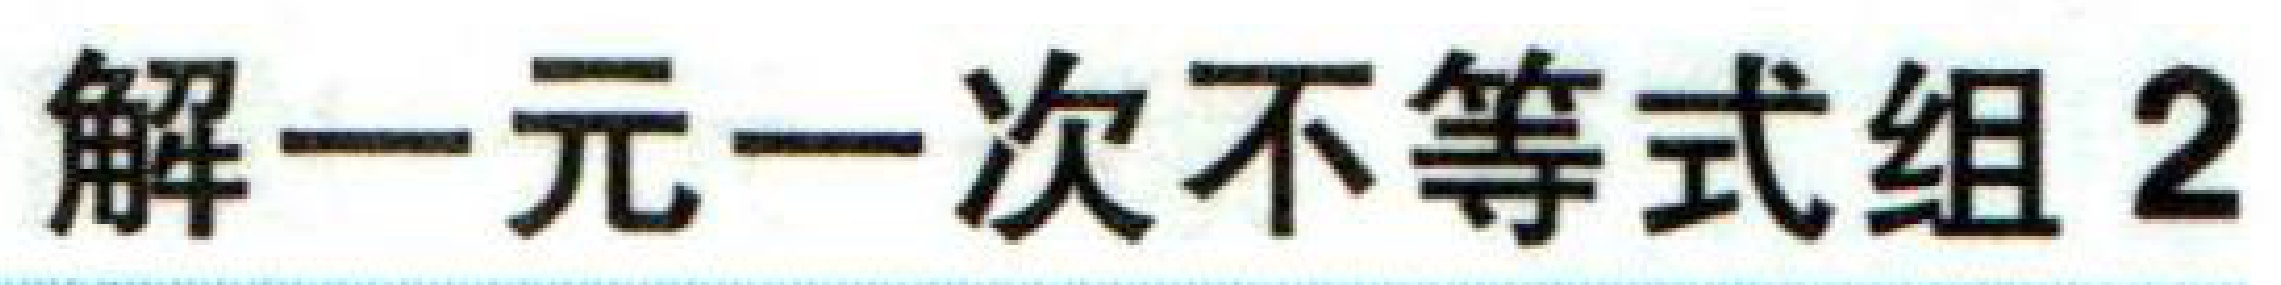
解一元一次不等式组2